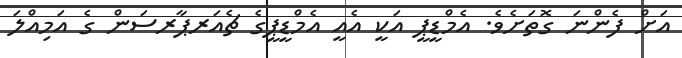
އަށް ފެންނަ ގޮތަށެވެ. އެމްޑީޕީ އަކީ އެއީ އެމްޑީޕީގެ ޗެއަރޕާރސަން ގެ އަމިއްލަ